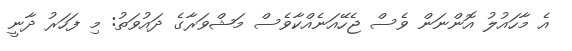
އެ މާހައުލު އޮންނަން ވެސް ޖެހޭއަނެއްކާވެސް މަޝްވަރާގެ ދައުވަތު: މި ފަހަރު ދާނީ